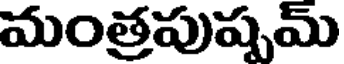
మంత్రపుష్పమ్